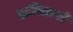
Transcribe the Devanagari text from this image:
हानिकारी